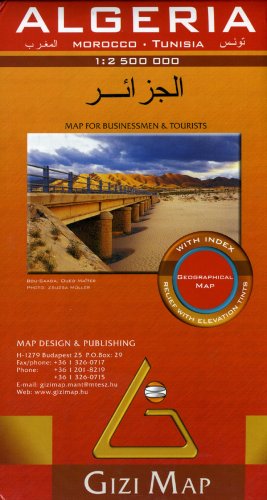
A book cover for Algeria Geographical Map (English, French and German Edition); Gizi Map; Travel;